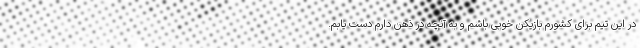
در این تیم برای کشورم بازیکن خوبی باشم و به آنچه در ذهن دارم دست یابم.